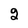
Character: 2